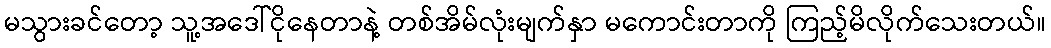
မသွားခင်တော့ သူ့အဒေါ်ငိုနေတာနဲ့ တစ်အိမ်လုံးမျက်နှာ မကောင်းတာကို ကြည့်မိလိုက်သေးတယ်။